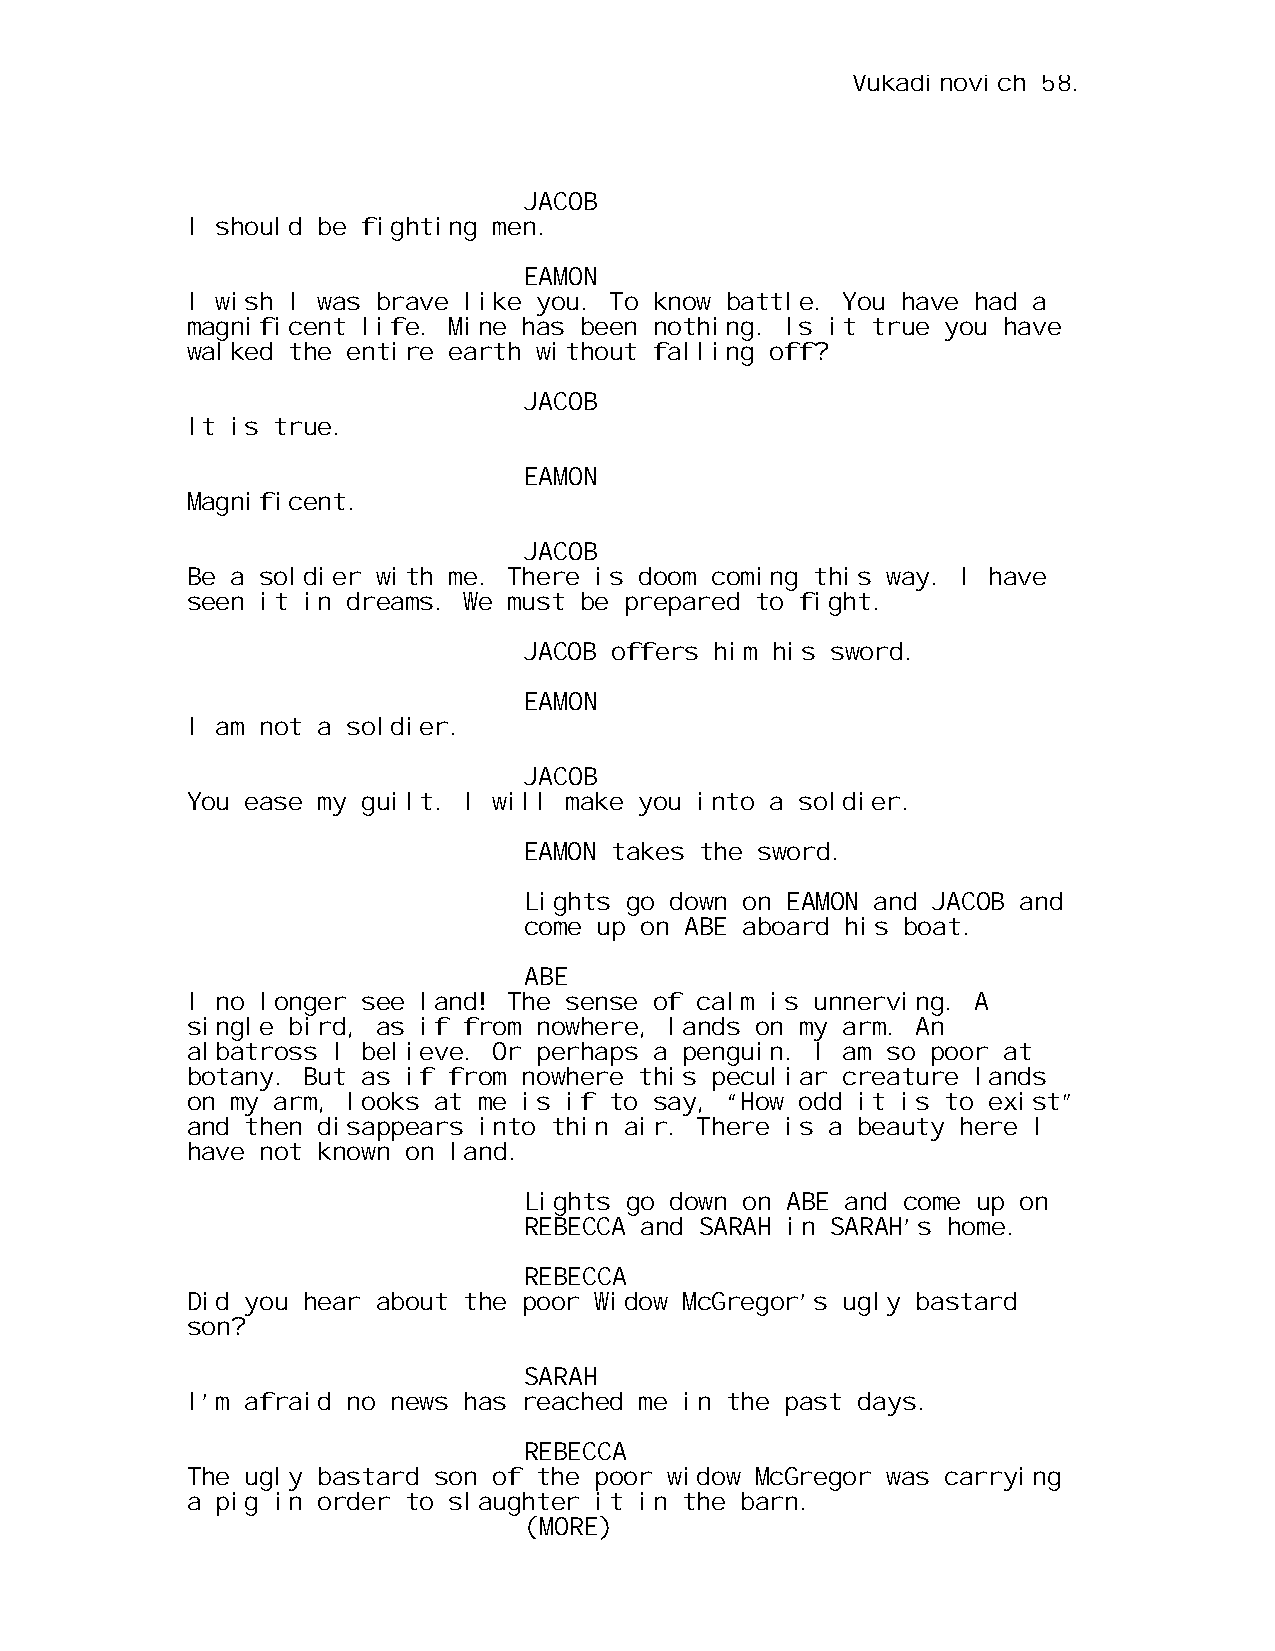
Vukadinovich 58.
 JACOB
 I should be fighting men.
 EAMON
 I wish I was brave like you. To know battle. You have had a
 magnificent life. Mine has been nothing. Is it true you have
 walked the entire earth without falling off?
 JACOB
 It is true.
 EAMON
 Magnificent.
 JACOB
 Be a soldier with me. There is doom coming this way. I have
 seen it in dreams. We must be prepared to fight.
 JACOB offers him his sword.
 EAMON
 I am not a soldier.
 JACOB
 You ease my guilt. I will make you into a soldier.
 EAMON takes the sword.
 Lights go down on EAMON and JACOB and
 come up on ABE aboard his boat.
 ABE
 I no longer see land! The sense of calm is unnerving. A
 single bird, as if from nowhere, lands on my arm. An
 albatross I believe. Or perhaps a penguin. I am so poor at
 botany. But as if from nowhere this peculiar creature lands
 on my arm, looks at me is if to say, “How odd it is to exist”
 and then disappears into thin air. There is a beauty here I
 have not known on land.
 Lights go down on ABE and come up on
 REBECCA and SARAH in SARAH’s home.
 REBECCA
 Did you hear about the poor Widow McGregor’s ugly bastard
 son?
 SARAH
 I’m afraid no news has reached me in the past days.
 REBECCA
 The ugly bastard son of the poor widow McGregor was carrying
 a pig in order to slaughter it in the barn.
 (MORE)